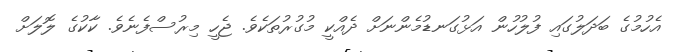
އެހުމުގެ ބަދަލުގައި ފުލުހުން އަޅުގަނޑުމެންނަށް ދެއްކީ މުގުރުތަކެވެ. ޖެހީ މިރުސްފެނެވެ. ކާކުގެ ލޮލަށް